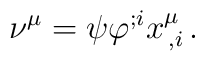
\nu^\mu=\psi \varphi^{;i} x^\mu_{\, ,i}\, .